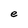
Character: e